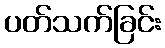
ပတ်သက်ခြင်း